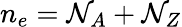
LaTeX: n_{e}=\mathcal{N}_{A}+\mathcal{N}_{Z}